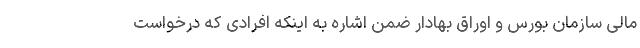
مالی سازمان بورس و اوراق بهادار ضمن اشاره به اینکه افرادی که درخواست